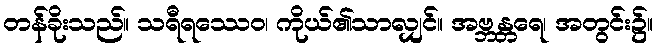
တန်ခိုးသည်။ သရီရဿေဝ၊ ကိုယ်၏သာလျှင်။ အဗ္ဘန္တရေ၊ အတွင်း၌။